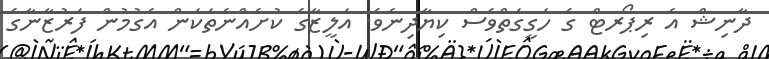
ދާނިޝް އެ ރިޕޯރޓް ގެ ހަގީގަތްވެސް ކިޔާދިނެވެ. އަލީޒާގެ ކުށެއްނެތަކަން އެގުމުން ފަރުޒާނާގެ